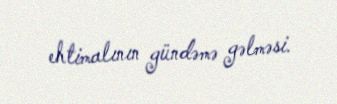
ehtimalının gündəmə gəlməsi.